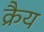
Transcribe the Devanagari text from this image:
क्रैय